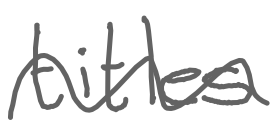
Text: titles
Cross-out: wave
Writing tool: digital_gray